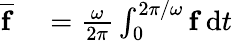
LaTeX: \begin{array}{rl}{\overline{{\mathbf{f}}}}&{{}=\frac{\omega}{2\pi}\int_{0}^{2\pi/\omega}\mathbf{f}\, \mathrm{d}t}\end{array}